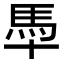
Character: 䭴